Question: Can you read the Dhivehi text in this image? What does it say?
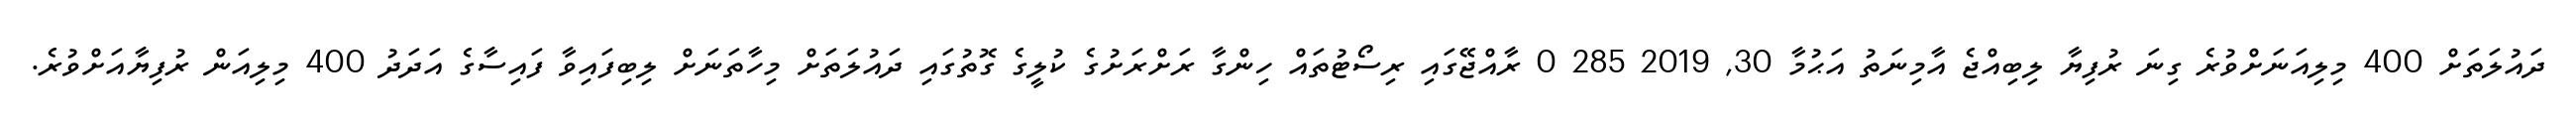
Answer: ދައުލަތަށް 400 މިލިއަނަށްވުރެ ގިނަ ރުފިޔާ ލިބިއްޖެ އާމިނަތު އަޙުމާ 30, 2019 285 0 ރާއްޖޭގައި ރިސޯޓުތައް ހިންގާ ރަށްރަށުގެ ކުލީގެ ގޮތުގައި ދައުލަތަށް މިހާތަނަށް ލިބިފައިވާ ފައިސާގެ އަދަދު 400 މިލިއަން ރުފިޔާއަށްވުރެ.